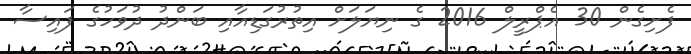
ފެށިގެން 30 އެޕްރީލް 2016 ގެ ނިޔަލަށް އިތުރުގަޑިއާއި ބަންދު ދުވަހުގެ ފައިސާ